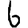
Digit: 6